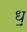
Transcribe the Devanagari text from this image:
ध़॒